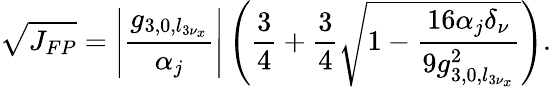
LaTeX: \sqrt{J_{FP}}=\left|\frac{g_{3,0,l_{3\nu_{x}}}}{\alpha_{j}}\right|\left(\frac{3}{4}+\frac{3}{4}\sqrt{1-\frac{16\alpha_{j}\delta_{\nu}}{9g_{3,0,l_{3\nu_{x}}}^{2}}}\right).